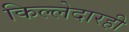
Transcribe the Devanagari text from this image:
किल्लेदारही